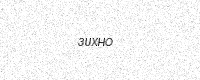
Text: 3UXHO